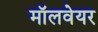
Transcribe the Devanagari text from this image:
मॉलवेयर